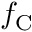
f _ { \mathrm { C } }